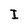
Character: I